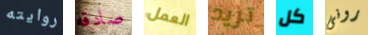
روايته صادقه العمل تريد كل رونى